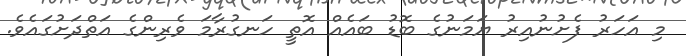
މި އަހަރު ފެށުނުއިރު ޔަމަނުގެ ބޮޑު ބައެއް އޮތީ ހަނގުރާމަ ވެރިންގެ އަތްދަށުގައެވެ.